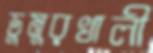
ডুমুরখালী